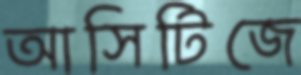
আসিটিজে